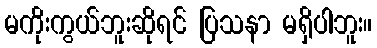
မကိုးကွယ်ဘူးဆိုရင် ပြသနာ မရှိပါဘူး။